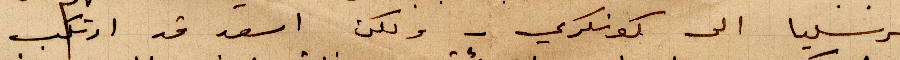
مرسيليا الى كونكري - ولكن اسعد فد ارتكب